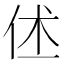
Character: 𬽼